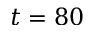
t = 8 0